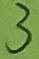
Text: 3